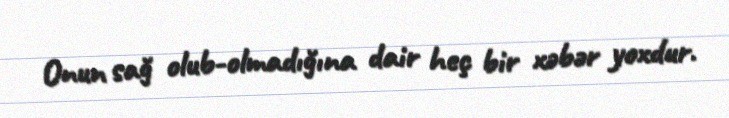
Onun sağ olub-olmadığına dair heç bir xəbər yoxdur.